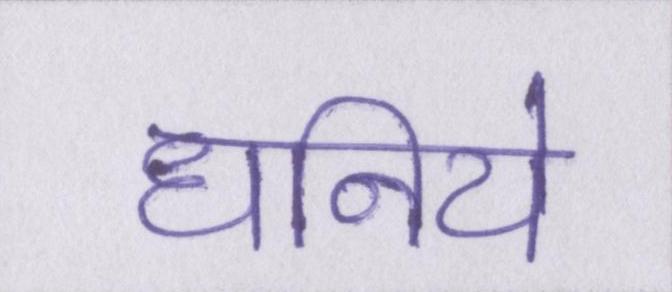
धनिये